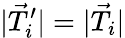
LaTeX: |\vec{T}_{i}^{\prime}|=|\vec{T}_{i}|